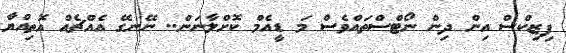
ފިޒިކްސްް އިން ދިން ނޯޓްސްތައްވެސް މަ ޑީއެމް ކޮށްލާނަން.. ނޭނގޭ އެއްޗެއް އޮތިއްޔާ